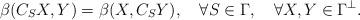
LaTeX: \begin{align*} \beta(C_SX,Y)=\beta(X,C_S Y),\quad\forall S\in\Gamma,\quad\forall X,Y\in\Gamma^\perp.\end{align*}